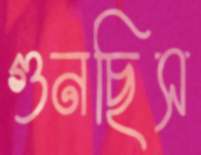
গুনছিস